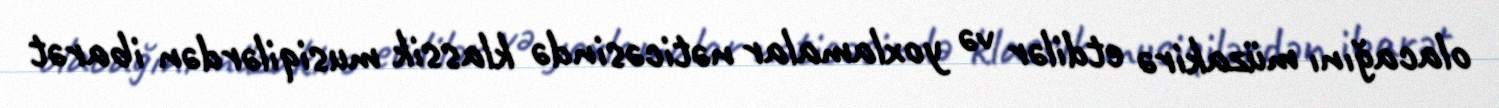
olacağını müzakirə etdilər və yoxlamalar nəticəsində klassik musiqilərdən ibarət